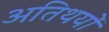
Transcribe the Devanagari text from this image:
अतिथयों